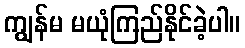
ကျွန်မ မယုံကြည်နိုင်ခဲ့ပါ။